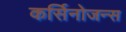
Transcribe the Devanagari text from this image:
कर्सिनोजन्स